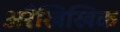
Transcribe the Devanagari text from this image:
अरैखिखिक